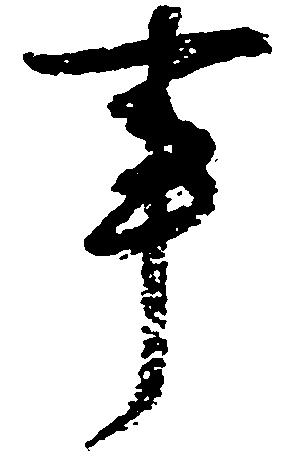
事